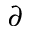
\partial